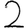
Digit: 2